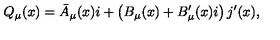
Q _ { \mu } ( x ) = \bar { A } _ { \mu } ( x ) i + \left( B _ { \mu } ( x ) + B _ { \mu } ^ { \prime } ( x ) i \right) j ^ { \prime } ( x ) ,